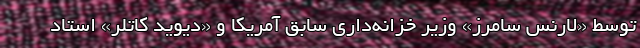
توسط «لارنس سامرز» وزیر خزانه‌داری سابق آمریکا و «دیوید کاتلر» استاد